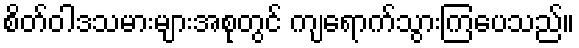
စိတ်ဝါဒသမားများအစုတွင် ကျရောက်သွားကြပေသည်။